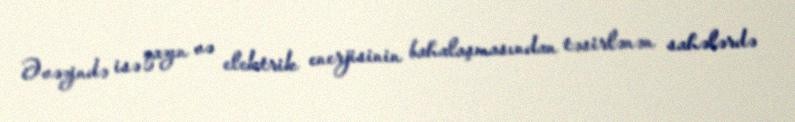
Əvəzində isə qazın və elektrik enerjisinin bahalaşmasından təsirlənən sahələrdə